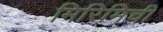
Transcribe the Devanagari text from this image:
मिरिमिची